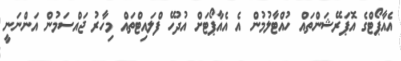
އެއާޕޯޓްގެ އޮޕަރޭޝަންތައް ހުއްޓާލުމުން އެ އެއާޕޯޓަށް އުދުހޭ ފްލައިޓްތައް މިހާރު ޖައްސަމުން އަންނަނީ